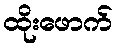
ထိုးဖောက်